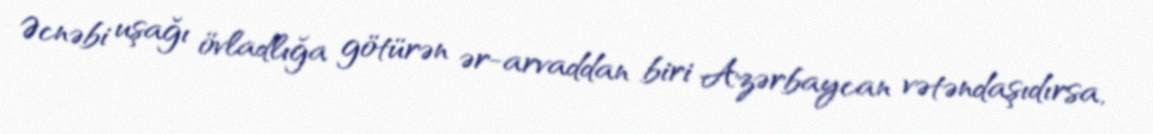
Əcnəbi uşağı övladlığa götürən ər-arvaddan biri Azərbaycan vətəndaşıdırsa,